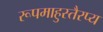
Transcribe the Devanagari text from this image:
रूपमाहुस्तैरप्य